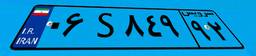
۲۵S۰۰۴۱۸